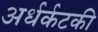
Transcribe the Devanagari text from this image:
अर्धर्कटकी